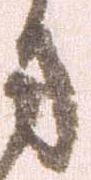
方